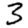
Digit: 3